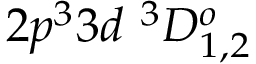
{ 2 p ^ { 3 } 3 d ~ ^ { 3 } D _ { 1 , 2 } ^ { o } }